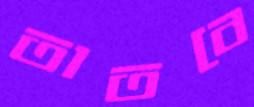
তাতবে